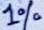
Text: 1%